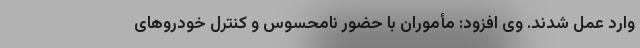
وارد عمل شدند. وی افزود: مأموران با حضور نامحسوس و کنترل خودروهای